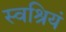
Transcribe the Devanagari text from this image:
स्वश्रियं